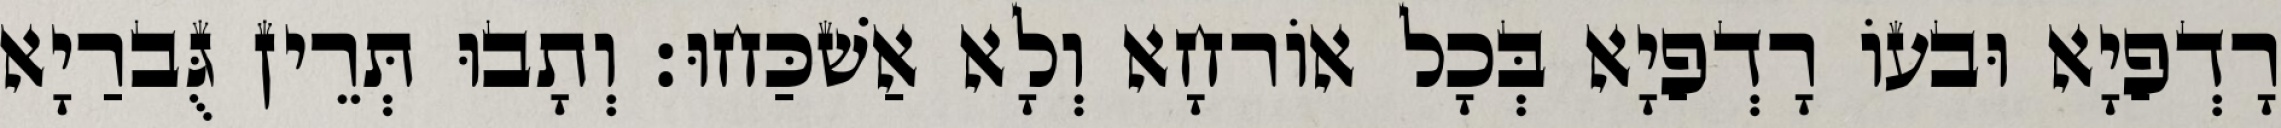
רָדְפַיָא וּבעוֹ רָדְפַיָא בְּכָל אוֹרחָא וְלָא אַשׁכַּחוּ׃ וְתָבוּ תְּרֵין גֻּברַיָא